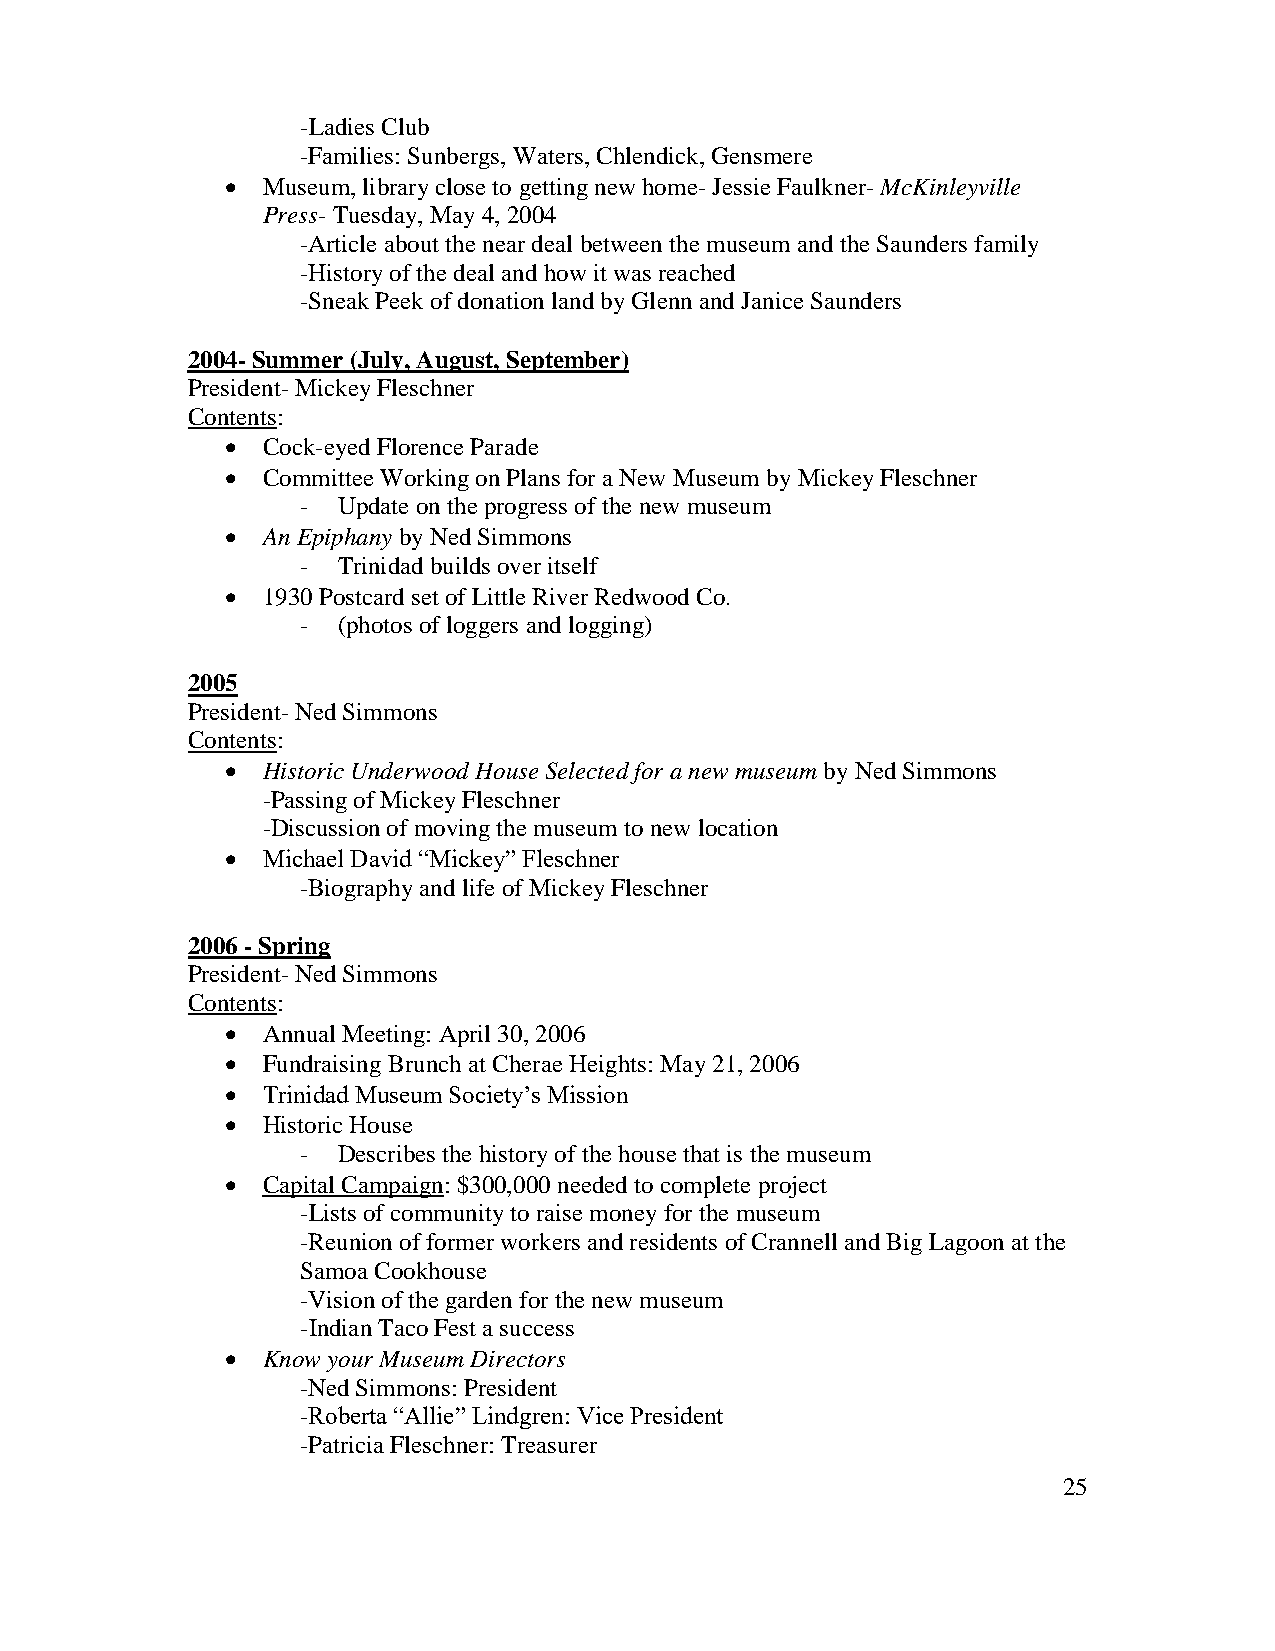
-Ladies Club
 -Families: Sunbergs, Waters, Chlendick, Gensmere
  Museum, library close to getting new home- Jessie Faulkner- McKinleyville
 Press- Tuesday, May 4, 2004
 -Article about the near deal between the museum and the Saunders family
 -History of the deal and how it was reached
 -Sneak Peek of donation land by Glenn and Janice Saunders
 2004- Summer (July, August, September)
 President- Mickey Fleschner
 Contents:
  Cock-eyed Florence Parade
  Committee Working on Plans for a New Museum by Mickey Fleschner
 - Update on the progress of the new museum
  An Epiphany by Ned Simmons
 - Trinidad builds over itself
  1930 Postcard set of Little River Redwood Co.
 - (photos of loggers and logging)
 2005
 President- Ned Simmons
 Contents:
  Historic Underwood House Selected for a new museum by Ned Simmons
 -Passing of Mickey Fleschner
 -Discussion of moving the museum to new location
  Michael David “Mickey” Fleschner
 -Biography and life of Mickey Fleschner
 2006 - Spring
 President- Ned Simmons
 Contents:
  Annual Meeting: April 30, 2006
  Fundraising Brunch at Cherae Heights: May 21, 2006
  Trinidad Museum Society’s Mission
  Historic House
 - Describes the history of the house that is the museum
  Capital Campaign: $300,000 needed to complete project
 -Lists of community to raise money for the museum
 -Reunion of former workers and residents of Crannell and Big Lagoon at the
 Samoa Cookhouse
 -Vision of the garden for the new museum
 -Indian Taco Fest a success
  Know your Museum Directors
 -Ned Simmons: President
 -Roberta “Allie” Lindgren: Vice President
 -Patricia Fleschner: Treasurer
 25